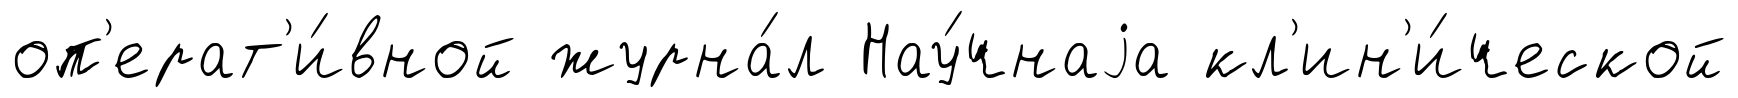
оп'ерат'и́вной журна́л Нау́чнаjа кл'ин'и́ческой